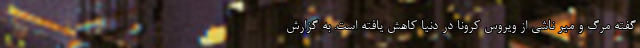
گفته مرگ و میر ناشی از ویروس کرونا در دنیا کاهش یافته است. به گزارش